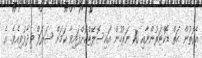
އެގޮތުން ހަތް ޑޮކްޓަރުންނާއި 10 ނަރުހުން އައިސޮލޭޓްކޮށްފައިވާ ކަމަށް ޝަރަފް ވިދާޅުވިއެވެ. އެ